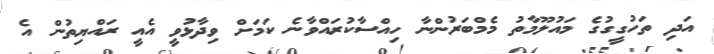
އަދި ތަހުގީގުގެ މައުލޫމާތު މެމްބަރުންނާ ހިއްސާކުރައްވާނެ ކަމަށް ވިދާޅުވީ އެއީ ރައްޔިތުން އެ